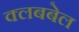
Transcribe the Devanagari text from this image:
क्लबबेल